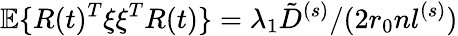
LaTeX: \mathbb{E}\{ R(t)^{T}\xi\xi^{T}R(t)\} =\lambda_{1}\tilde{D}^{(s)}/(2r_{0}nl^{(s)})